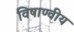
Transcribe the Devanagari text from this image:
विषाण्वीय